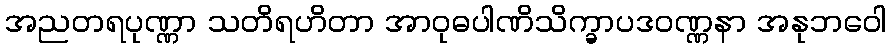
အညတရပုဏ္ဏာ သတိရဟိတာ အာဝုဓပါဏိသိက္ခာပဒဝဏ္ဏနာ အနုဘဝေါ